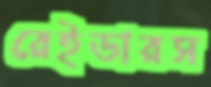
রেইডারস